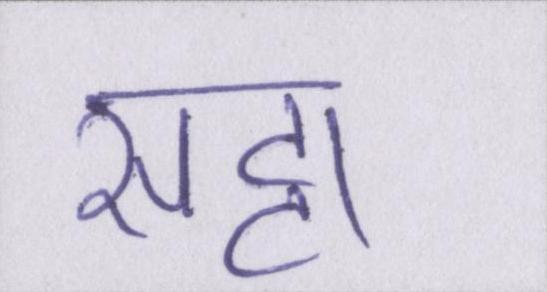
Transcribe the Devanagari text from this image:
सट्टा